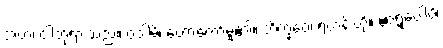
အဟံ၊ ငါဘုရားသည်။ ဝဒါမိ၊ ဟောတော်မူ၏။ ဘိက္ခဝေ၊ ရဟန်းတို့။ ဧဝရူပေါပိ၊